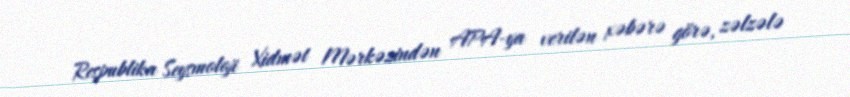
Respublika Seysmoloji Xidmət Mərkəzindən APA-ya verilən xəbərə görə, zəlzələ